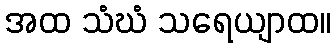
အထ သံဃံ သရေယျာထ။